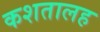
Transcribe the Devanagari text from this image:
कशतालह